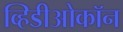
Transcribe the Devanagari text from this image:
व्हिडीओकॉन